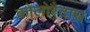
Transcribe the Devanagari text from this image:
कोलोरैदास